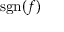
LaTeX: \operatorname { s g n } ( f )